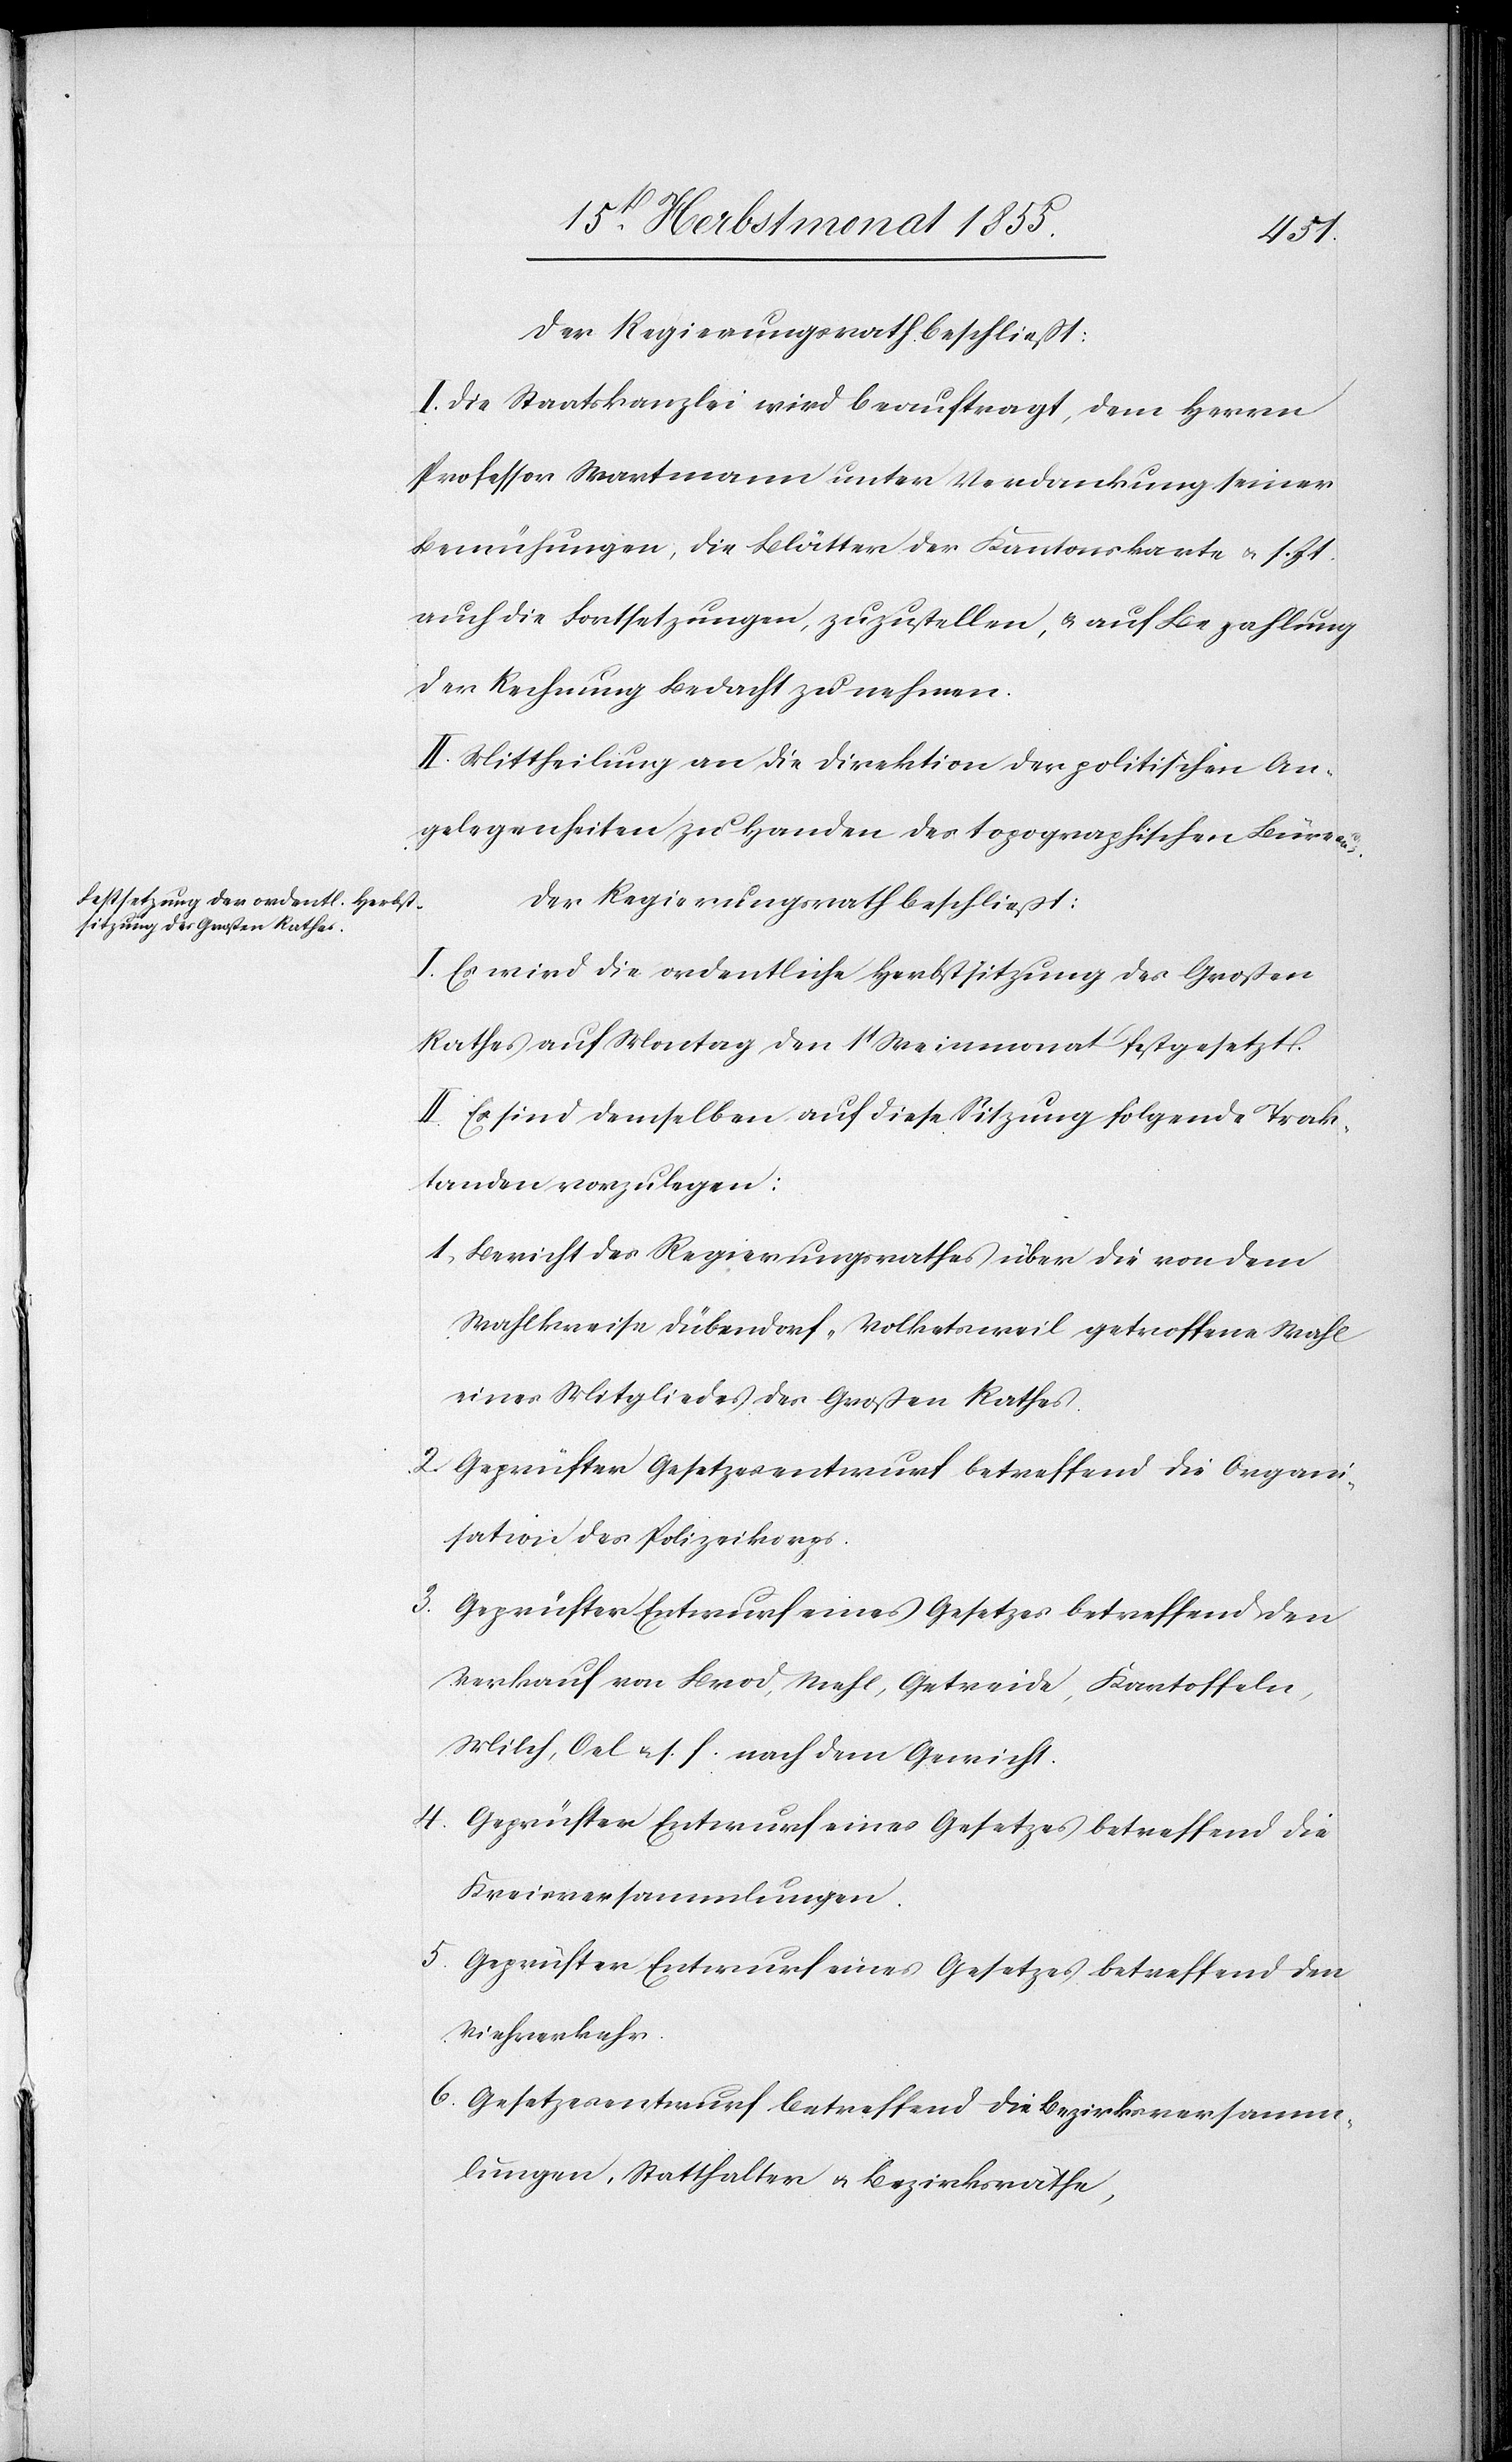
3.
Der Regierungsrath beschließt:
I. Die Staatskanzlei wird beauftragt, dem Herrn
Professor Wartmann unter Verdankung seiner
Bemühungen, die Blätter der Kantonskarte & s. Zt.
auch die Fortsetzungen, zuzustellen, & auf Bezahlung
der Rechnung Bedacht zu nehmen.
II. Mittheilung an die Direktion der politischen An¬
gelegenheiten zu Handen des topographischen Büreaus.
Der Regierungsrath beschließt:
I. Es wird die ordentliche Herbstsitzung des Großen
Rathes auf Montag den 1t Weinmonat festgesetzt.
II. Es sind demselben auf diese Sitzung folgende Trak¬
tanden vorzulegen:
Bericht des Regierungsrathes über die von dem
Wahlkreise Dübendorf-Volketsweil getroffene Wahl
eines Mitgliedes des Großen Rathes.
Geprüfter Gesetzesentwurf betreffend die Organi¬
sation des Polizeikorps.
Verkauf von Brod, Mehl, Getreide, Kartoffeln,
Milch, Oel & s. f. nach dem Gewicht.
Geprüfter Entwurf eines Gesetzes betreffend die
Kreisversammlungen.
Geprüfter Entwurf eines Gesetzes betreffend den
Viehverkehr.
Gesetzesentwurf betreffend die Bezirksversamm¬
lungen, Statthalter & Bezirksräthe,